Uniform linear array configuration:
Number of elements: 48
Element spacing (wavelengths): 1
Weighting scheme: hamming
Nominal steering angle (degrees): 0
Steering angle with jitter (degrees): -0.02061
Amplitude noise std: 0.05
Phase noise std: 0.05

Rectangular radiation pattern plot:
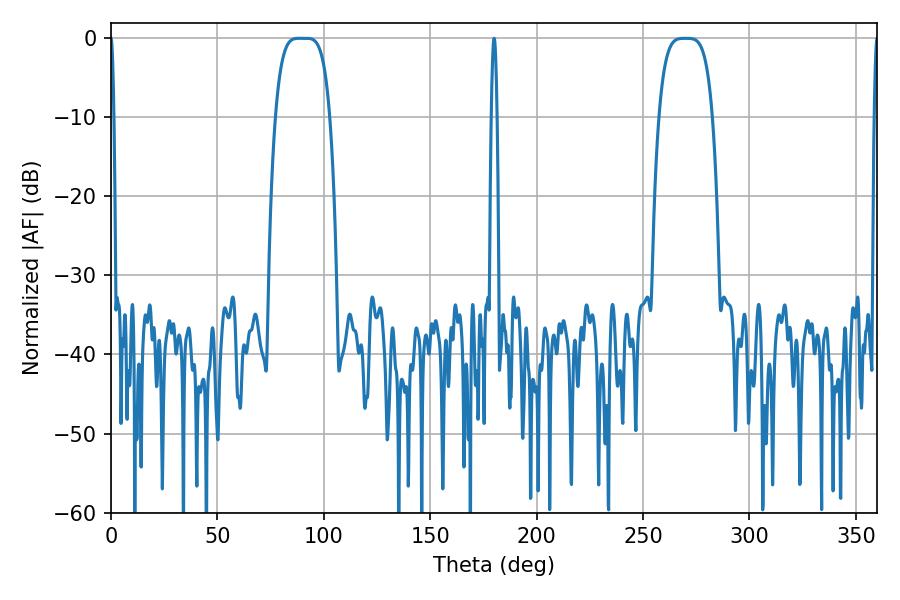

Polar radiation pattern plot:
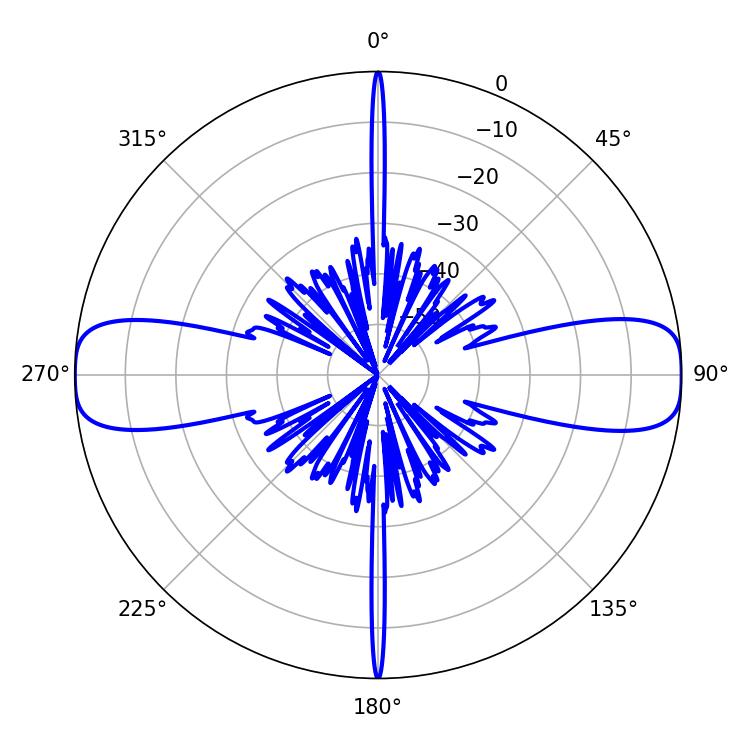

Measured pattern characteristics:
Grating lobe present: TRUE
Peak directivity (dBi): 22.758
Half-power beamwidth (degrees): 19.08
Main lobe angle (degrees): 88.38